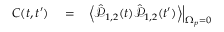
\begin{array} { r l r } { C ( t , t ^ { \prime } ) } & { { } = } & { \left. \left< \hat { \mathcal P } _ { 1 , 2 } ( t ) \hat { \mathcal P } _ { 1 , 2 } ( t ^ { \prime } ) \right> \right| _ { \Omega _ { p } = 0 } } \end{array}